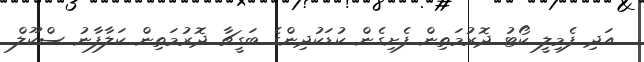
އަދި ފެމިލީ ކޯޓު ދޮރުމަތިން ފެށިގެން ކުޑަކުދިންގެ ބަގީޗާ ދޮރުމަތިން ކަލާފާނު ސްކޫލް